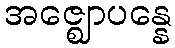
အဇ္ဈောပန္နေ